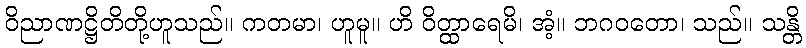
ဝိညာဏဋ္ဌိတိတို့ဟူသည်။ ကတမာ၊ ဟူမူ။ ဟိ ဝိတ္ထာရေမိ၊ အံ့။ ဘဂဝတော၊ သည်။ သန္တိ